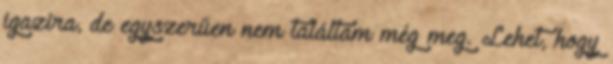
igazira, de egyszerűen nem találtam még meg. Lehet, hogy